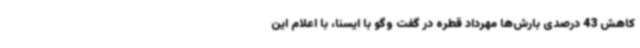
کاهش 43 درصدی بارش‌ها مهرداد قطره در گفت وگو با ایسنا، با اعلام این